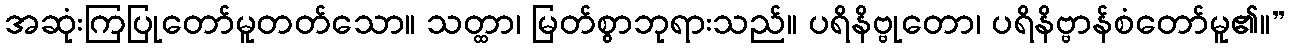
အဆုံးကြပြုတော်မူတတ်သော။ သတ္ထာ၊ မြတ်စွာဘုရားသည်။ ပရိနိဗ္ဗုတော၊ ပရိနိဗ္ဗာန်စံတော်မူ၏။”